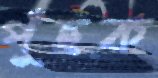
পুঁছক